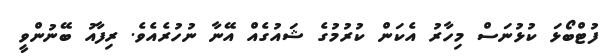
ފުޓްބޯޅަ ކުޅުނަސް މިހާރު އެކަން ކުރުމުގެ ޝައުގެއް އޭނާ ނުހުރެއެވެ. ރިފާއު ބޭނުންވީ